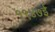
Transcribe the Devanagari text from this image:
१९४७ई